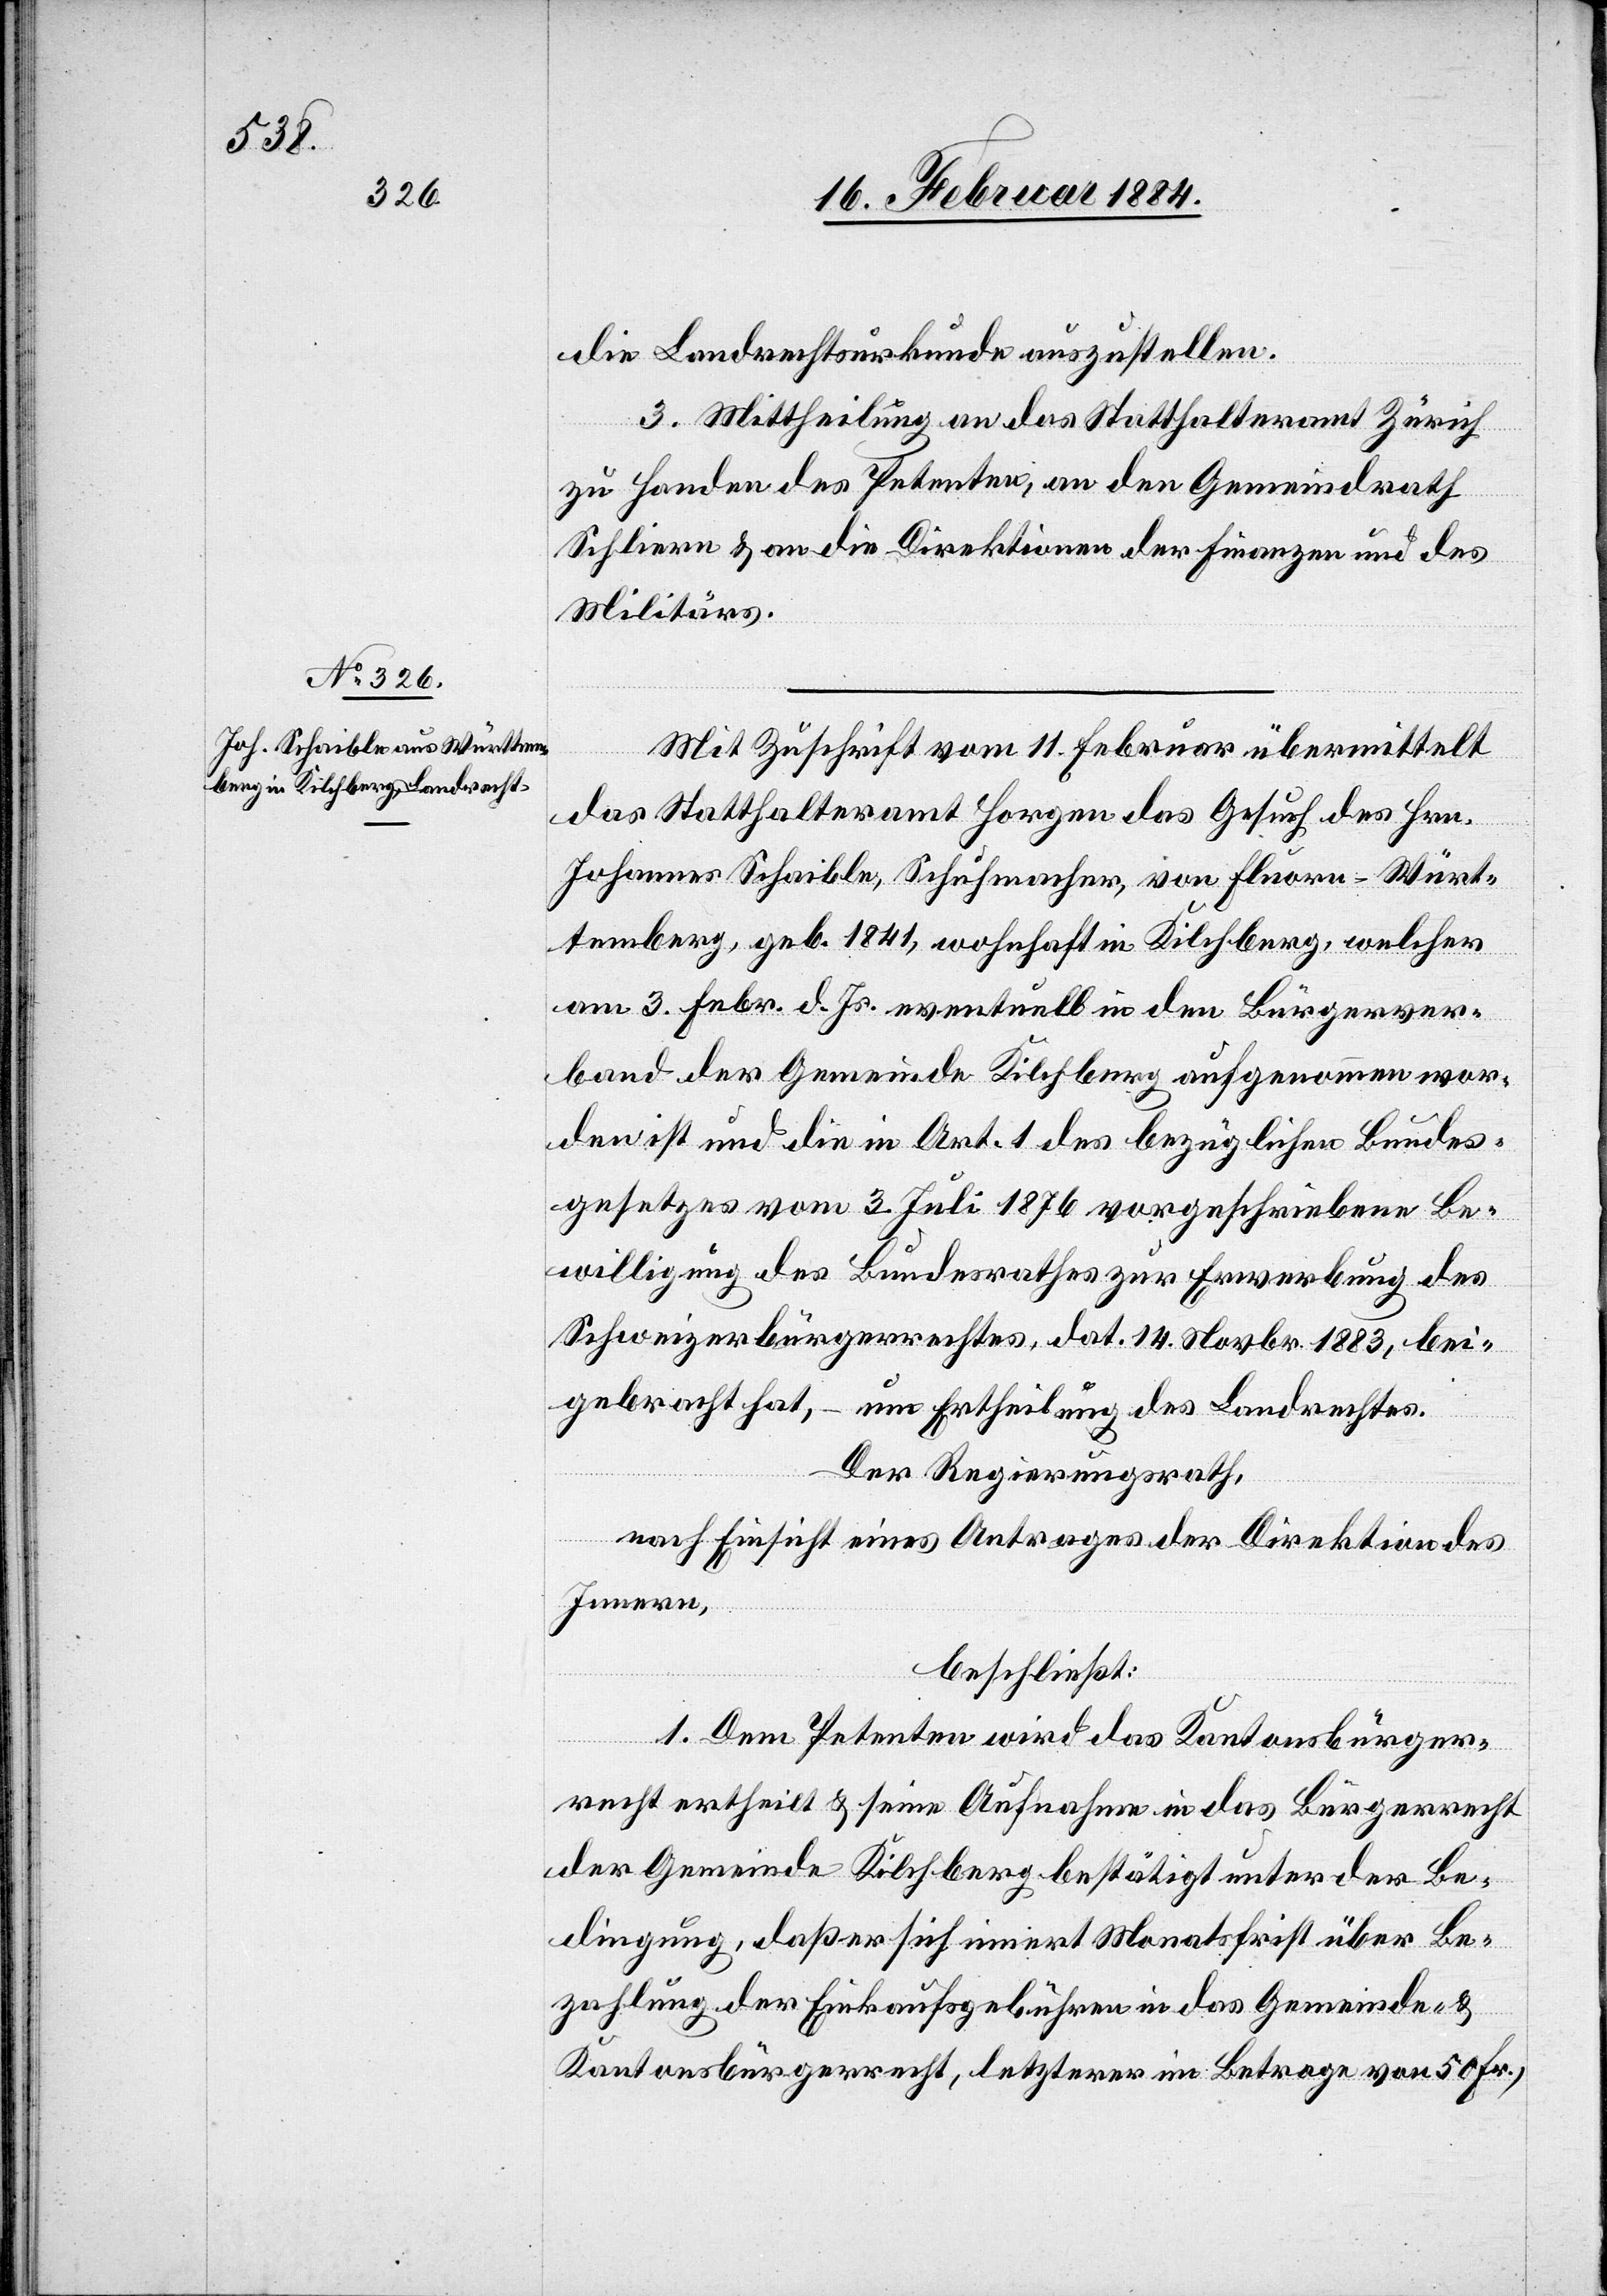
die Landrechtsurkunde auszustellen.
3. Mittheilung an das Statthalteramt Zürich
zu Handen des Petenten, an den Gemeindrath
Schlieren & an die Direktionen der Finanzen und des
Militärs.
Mit Zuschrift vom 11. Februar übermittelt
das Statthalteramt Horgen das Gesuch des Hrn.
Johannes Schaible, Schuhmacher, von Fluorn - Würt¬
temberg, geb. 1841, wohnhaft in Kilchberg, welcher
am 3. Febr. d. Js. eventuell in den Bürgerver¬
band der Gemeinde Kilchberg aufgenommen wor¬
den ist und die in Art. 1 des bezüglichen Bundes¬
gesetzes vom 3. Juli 1876 vorgeschriebene Be¬
willigung des Bundesrathes zur Erwerbung des
Schweizerbürgerrechtes, dat. 14. Novbr. 1883, bei¬
gebracht hat, – um Ertheilung des Landrechtes.
Der Regierungsrath,
nach Einsicht eines Antrages der Direktion des
Innern,
beschließt:
1. Dem Petenten wird das Kantonsbürger¬
recht ertheilt & seine Aufnahme in das Bürgerrecht
der Gemeinde Kilchberg bestätigt unter der Be¬
dingung, daß er sich innert Monatsfrist über Be¬
zahlung der Einkaufsgebühren in das Gemeinde- &
Kantonsbürgerrecht, letzterer im Betrage von 50 Fr.,